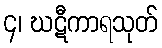
၄၊ ဃဋီကာရသုတ်